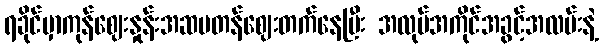
ရခိုင်မှာကုန်ဈေးနှုန်းအဆမတန်ဈေးတက်နေပြီး အလုပ်အကိုင်အခွင့်အလမ်းနဲ့